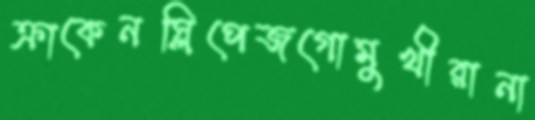
ক্রাকেনস্লিপেজগোমুখীরানা